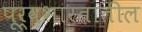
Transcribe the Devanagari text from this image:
पूर्वभारतातील